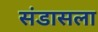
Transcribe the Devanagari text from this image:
संडासला